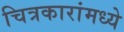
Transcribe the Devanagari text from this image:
चित्रकारांमध्ये